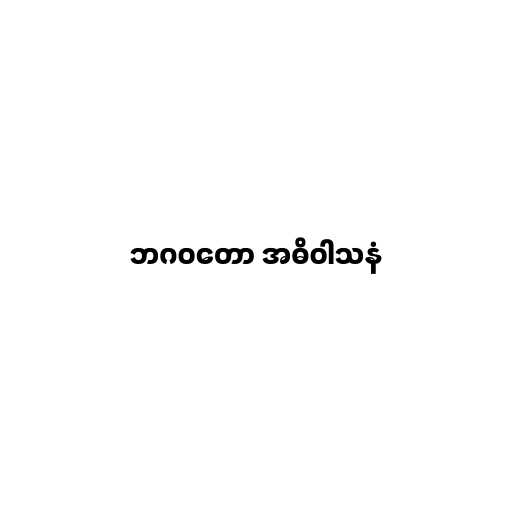
ဘဂဝတော အဓိဝါသနံ